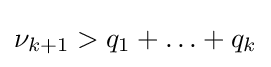
\nu _{k+1}>q_{1}+\ldots +q_{k}